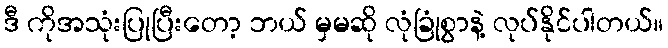
ဒီ ကိုအသုံးပြုပြီးတော့ ဘယ် မှမဆို လုံခြုံစွာနဲ့ လုပ်နိုင်ပါတယ်။